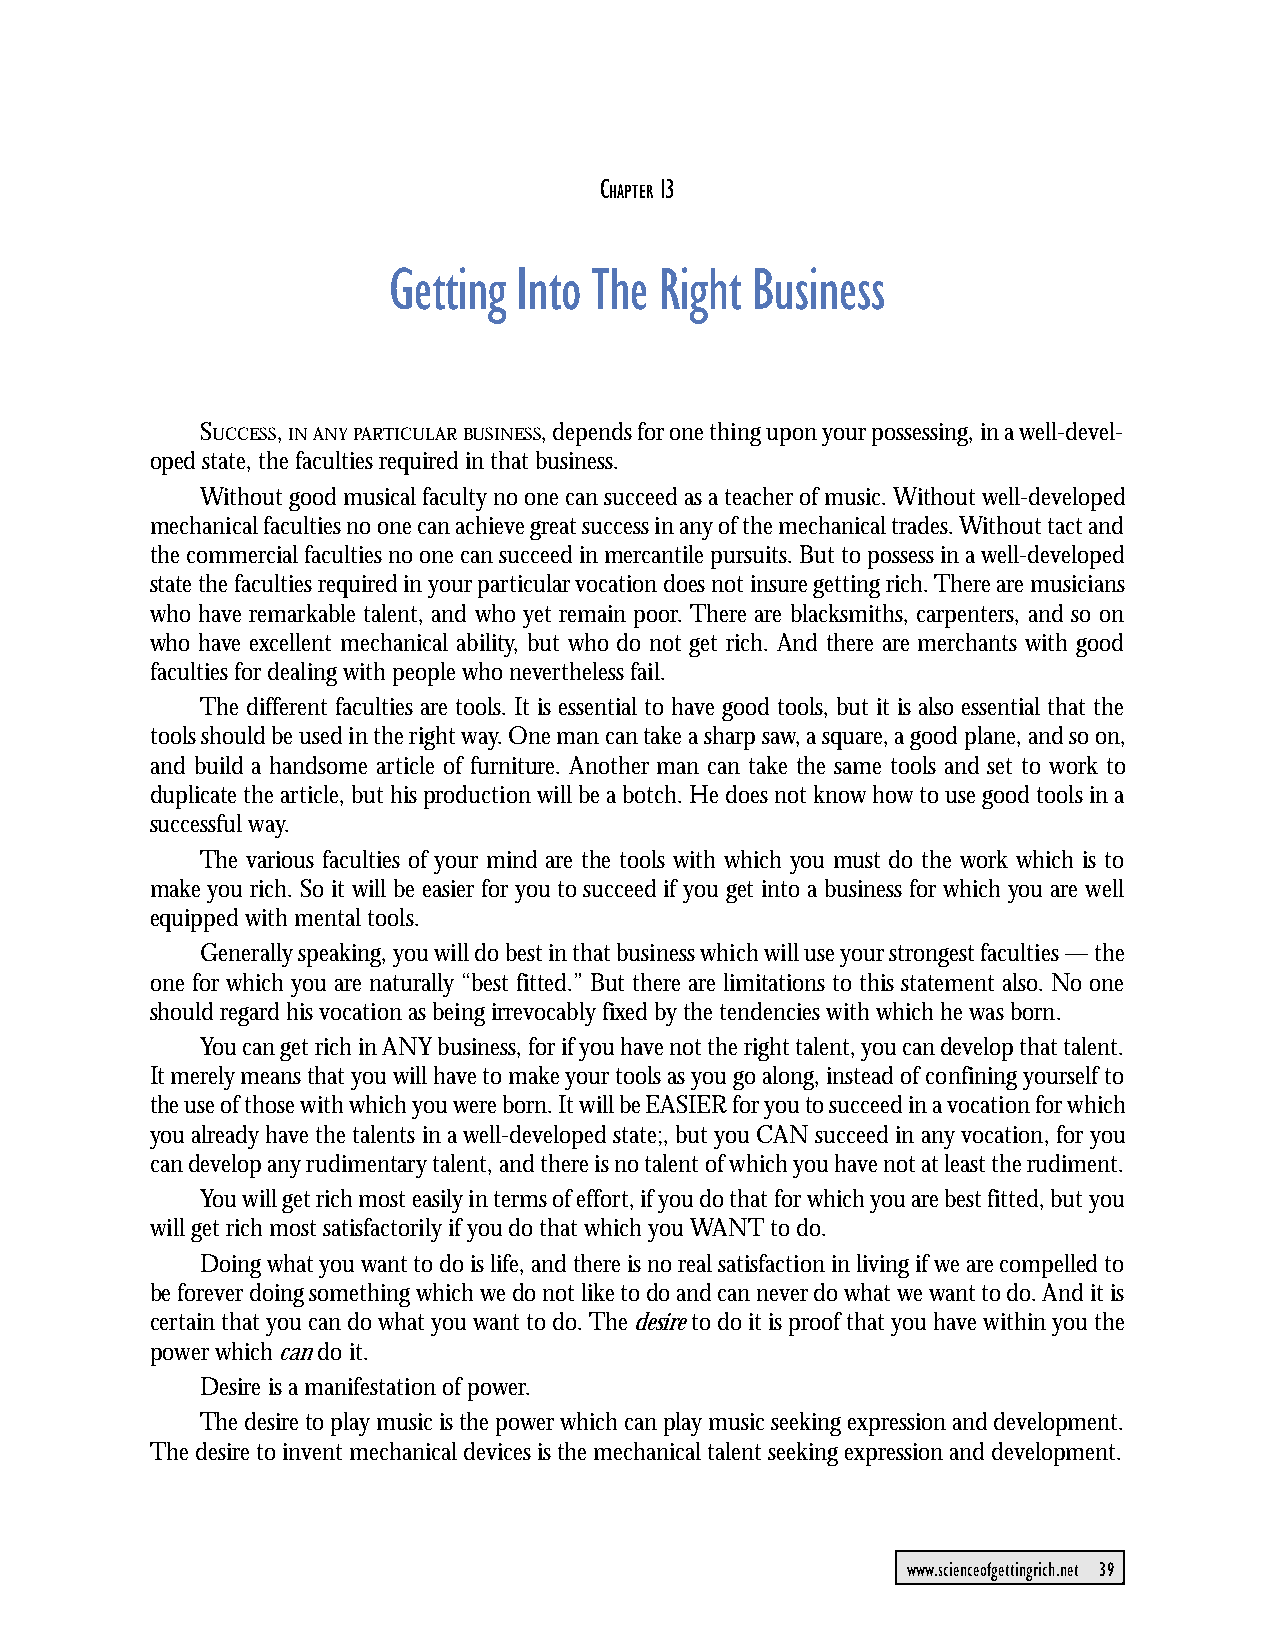
CHAPTER 13: Getting Into The Right Business
 C   13
 HAPTER
 Getting Into The  Right Business
 SUCCESS, IN ANY PARTICULAR BUSINESS, depends for one thing upon your possessing, in a well-devel-
 oped state, the faculties required in that business.
 Without good musical faculty no one can succeed as a teacher of music. Without well-developed
 mechanical faculties no one can achieve great success in any of the mechanical trades. Without tact and
 the commercial faculties no one can succeed in mercantile pursuits. But to possess in a well-developed
 state the faculties required in your particular vocation does not insure getting rich. There are musicians
 who have remarkable talent, and who yet remain poor. There are blacksmiths, carpenters, and so on
 who have excellent mechanical ability, but who do not get rich. And there are merchants with good
 faculties for dealing with people who nevertheless fail.
 The different faculties are tools. It is essential to have good tools, but it is also essential that the
 tools should be used in the right way. One man can take a sharp saw, a square, a good plane, and so on,
 and build a handsome article of furniture. Another man can take the same tools and set to work to
 duplicate the article, but his production will be a botch. He does not know how to use good tools in a
 successful way.
 The various faculties of your mind are the tools with which you must do the work which is to
 make you rich. So it will be easier for you to succeed if you get into a business for which you are well
 equipped with mental tools.
 Generally speaking, you will do best in that business which will use your strongest faculties — the
 one for which you are naturally “best fitted.” But there are limitations to this statement also. No one
 should regard his vocation as being irrevocably fixed by the tendencies with which he was born.
 You can get rich in ANY business, for if you have not the right talent, you can develop that talent.
 It merely means that you will have to make your tools as you go along, instead of confining yourself to
 the use of those with which you were born. It will be EASIER for you to succeed in a vocation for which
 you already have the talents in a well-developed state;, but you CAN succeed in any vocation, for you
 can develop any rudimentary talent, and there is no talent of which you have not at least the rudiment.
 You will get rich most easily in terms of effort, if you do that for which you are best fitted, but you
 will get rich most satisfactorily if you do that which you WANT to do.
 Doing what you want to do is life, and there is no real satisfaction in living if we are compelled to
 be forever doing something which we do not like to do and can never do what we want to do. And it is
 certain that you can do what you want to do. The desire to do it is proof that you have within you the
 power which can do it.
 Desire is a manifestation of power.
 The desire to play music is the power which can play music seeking expression and development.
 The desire to invent mechanical devices is the mechanical talent seeking expression and development.
 www.scienceofgettingrich.net 39